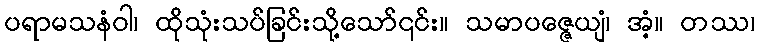
ပရာမသနံဝါ၊ ထိုသုံးသပ်ခြင်းသို့သော်၎င်း။ သမာပဇ္ဇေယျံ၊ အံ့။ တဿ၊